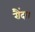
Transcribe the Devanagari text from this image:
रौंदा।